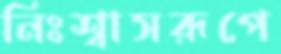
নিঃশ্বাসরূপে